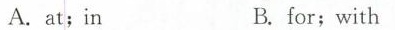
A. at;in B.for;with